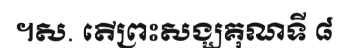
។ស. តើព្រះសង្ឃគុណទី ៨